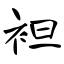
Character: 袒